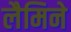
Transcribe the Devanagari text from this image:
लैमिने